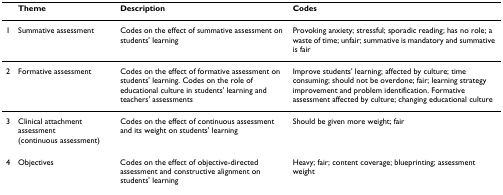
|  | Theme | Description | Codes |
 | --- | --- | --- | --- |
 | 1 | Summative assessment | Codes on the effect of summative assessment on students' learning | Provoking anxiety; stressful; sporadic reading; has no role; a waste of time; unfair; summative is mandatory and summative is fair |
 | 2 | Formative assessment | Codes on the effect of formative assessment on students' learning. Codes on the role of educational culture in students' learning and teachers' assessments | Improve students' learning; affected by culture; time consuming; should not be overdone; fair; learning strategy improvement and problem identification. Formative assessment affected by culture; changing educational culture |
 | 3 | Clinical attachment assessment (continuous assessment) | Codes on the effect of continuous assessment and its weight on students' learning | Should be given more weight; fair |
 | 4 | Objectives | Codes on the effect of objective-directed assessment and constructive alignment on students' learning | Heavy; fair; content coverage; blueprinting; assessment weight |